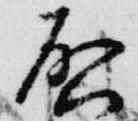
啓